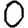
Digit: 0